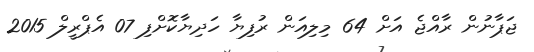
ޖަޕާނުން ރާއްޖެ އަށް 64 މިލިއަން ރުފިޔާ ހަދިޔާކޮށްފި 07 އެޕްރީލް 2015